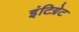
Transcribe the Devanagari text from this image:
इंटिग्रेट